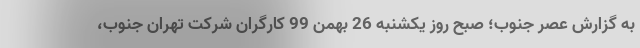
به گزارش عصر جنوب؛ صبح روز یکشنبه 26 بهمن 99 کارگران شرکت تهران‌ جنوب،